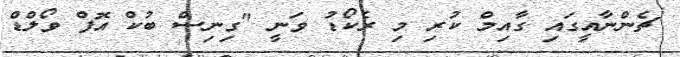
ޗެންނާއީގައި ގާއިމް ކުރި މި ރެކޯޑު ވަނީ "ގިނިސް ބުކް އޮފް ވޯލްޑް